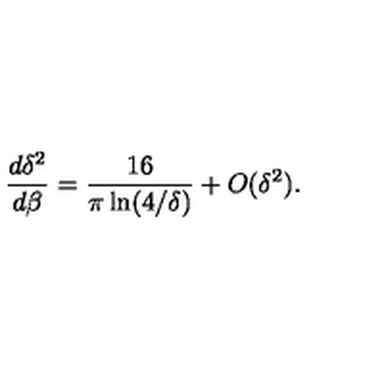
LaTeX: { \frac { d \delta ^ { 2 } } { d \beta } } = { \frac { 1 6 } { \pi \ln ( 4 / \delta ) } } + O ( \delta ^ { 2 } ) .